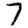
Digit: 7